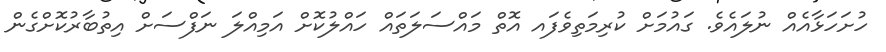
ހުށަހަޅާއެއް ނުލައެވެ. ގައުމަށް ކުރިމަތިވެފައ އޮތް މައްސަލަތައް ހައްލުކޮށް އަމިއްލަ ނަފްސަށް އިތުބާރުކޮށްގެން